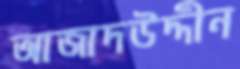
আজাদউদ্দীন